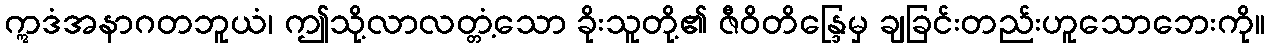
ဣဒံအနာဂတဘူယံ၊ ဤသို့လာလတ္တံ့သော ခိုးသူတို့၏ ဇီဝိတိန္ဒြေမှ ချခြင်းတည်းဟူသောဘေးကို။